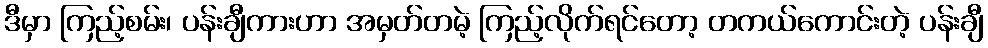
ဒီမှာ ကြည့်စမ်း၊ ပန်းချီကားဟာ အမှတ်တမဲ့ ကြည့်လိုက်ရင်တော့ တကယ်ကောင်းတဲ့ ပန်းချီ